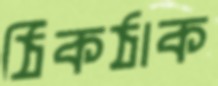
ঠিকঠাক